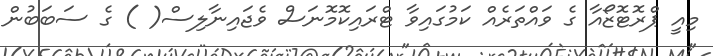
މިއީ ޕްރޮޓޮޒޯއާ ގެ ވައްތަރެއް ކަމުގައިވާ ޓްރައިކޮމޮނަސް ވެޖައިނާލިސް( ) ގެ ސަބަބުން